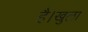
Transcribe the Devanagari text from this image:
है।खुला